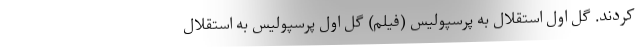
کردند. گل اول استقلال به پرسپولیس (فیلم) گل اول پرسپولیس به استقلال